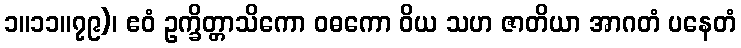
၁။၁၁။၇၉)၊ ဧဝံ ဥက္ခိတ္တာသိကော ဝဓကော ဝိယ သဟ ဇာတိယာ အာဂတံ ပနေတံ